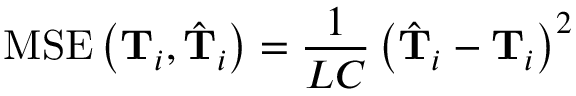
\operatorname { M S E } \left( \mathbf { T } _ { i } , \hat { \mathbf { T } } _ { i } \right) = \frac { 1 } { L C } \left( \hat { \mathbf { T } } _ { i } - \mathbf { T } _ { i } \right) ^ { 2 }